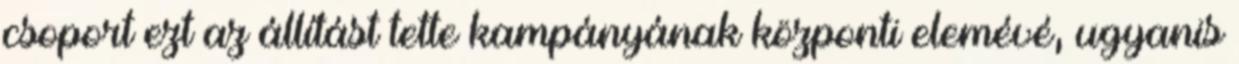
csoport ezt az állítást tette kampányának központi elemévé, ugyanis